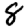
Digit: 8